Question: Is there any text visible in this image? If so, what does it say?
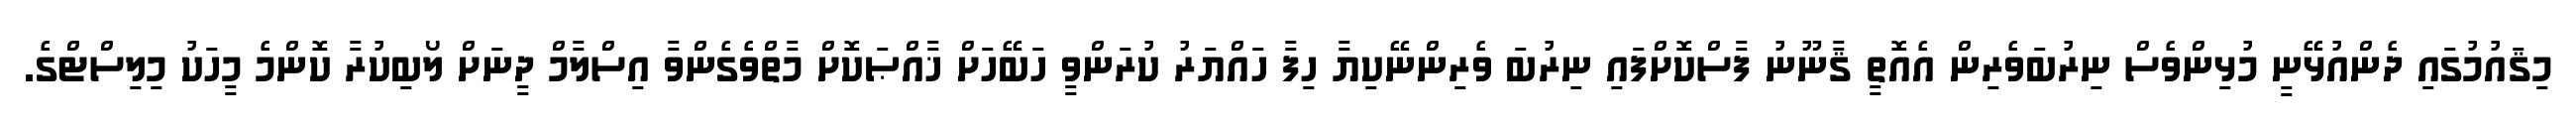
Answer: މިޤައުމުގައި ދެންއުޅޭނީ މުޅިންވެސް ނިރުބަވެރިން އެއޮތީ ޤާނޫނު ފާސްކޮށްފައި ނިރުބަ ވެރިންނޭކިޔާ ހިފާ ހައްޔަރު ކުރަންވީ ހަބޭހަށް ޚާއްޞަކޮށް މާތްވެގެންވާ އިސްލާމް ދީނަށް ލޯބިކުރާ ކޮންމެ މީހަކު މިލިސްޓްގެ.